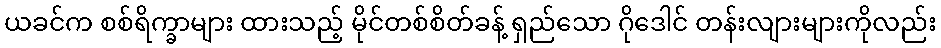
ယခင်က စစ်ရိက္ခာများ ထားသည့် မိုင်တစ်စိတ်ခန့် ရှည်သော ဂိုဒေါင် တန်းလျားများကိုလည်း